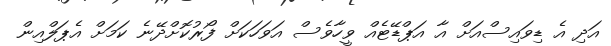
އަދި އެ ޑިވައިސްއަށް އާ އަޕްޑޭޓެއް ވީހާވެސް އަވަހަކަށް ފޯރުކޮށްދޭނެ ކަމަށް އެޕަލްއިން